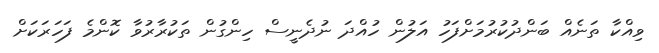
ވިއްކާ ތަނެއް ބަންދުކުރުމަށްފަހު އަލުން ހުއްދަ ނުދެނީސް ހިންގުން ތަކުރާރުވާ ކޮންމެ ފަހަރަކަށް